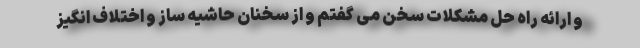
و ارائه راه حل مشکلات سخن می گفتم و از سخنان حاشیه ساز و اختلاف انگیز